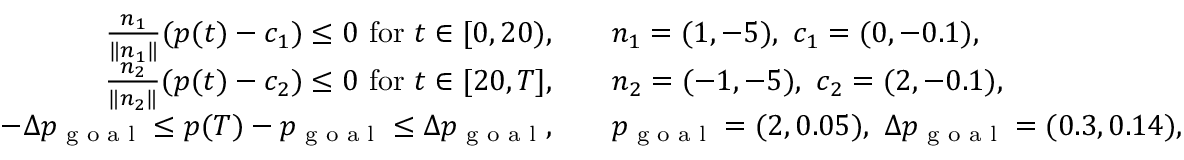
\begin{array} { r l } { \frac { n _ { 1 } } { \| n _ { 1 } \| } ( p ( t ) - c _ { 1 } ) \leq 0 \mathrm { ~ f o r ~ } t \in [ 0 , 2 0 ) , \quad } & { n _ { 1 } = ( 1 , - 5 ) , \ c _ { 1 } = ( 0 , - 0 . 1 ) , } \\ { \frac { n _ { 2 } } { \| n _ { 2 } \| } ( p ( t ) - c _ { 2 } ) \leq 0 \mathrm { ~ f o r ~ } t \in [ 2 0 , T ] , \quad } & { n _ { 2 } = ( - 1 , - 5 ) , \ c _ { 2 } = ( 2 , - 0 . 1 ) , } \\ { - \Delta p _ { \textrm { g o a l } } \leq p ( T ) - p _ { \textrm { g o a l } } \leq \Delta p _ { \textrm { g o a l } } , \quad } & { p _ { \textrm { g o a l } } = ( 2 , 0 . 0 5 ) , \ \Delta p _ { \textrm { g o a l } } = ( 0 . 3 , 0 . 1 4 ) , } \end{array}